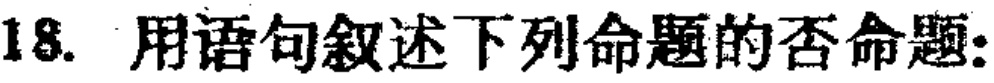
18. 用语句叙述下列命题的否命题: